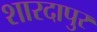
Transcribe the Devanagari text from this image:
शारदापुर